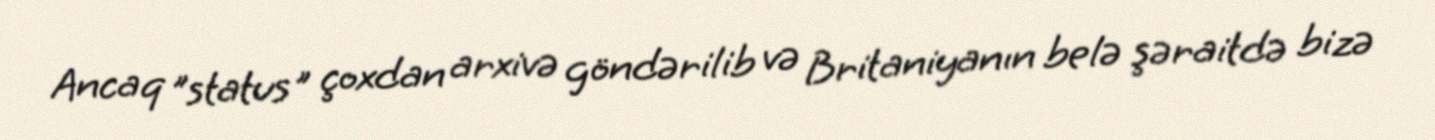
Ancaq ”status" çoxdan arxivə göndərilib və Britaniyanın belə şəraitdə bizə